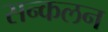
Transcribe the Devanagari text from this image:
सन्कलन